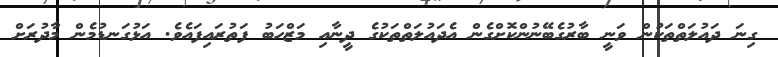
ގިނަ ދައުލަތްތަކުން ވަނީ ބާރުގެބޭނުންކޮށްގެން އެދައުލަތްތަކުގެ ދީނާއި މަޒްހަބު ފަތުރައިފައެވެ. އަޅުގަނޑުމެން މާދުރަށް